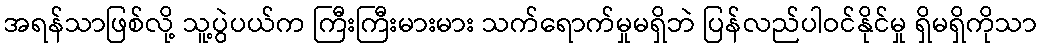
အရန်သာဖြစ်လို့ သူ့ပွဲပယ်က ကြီးကြီးမားမား သက်ရောက်မှုမရှိဘဲ ပြန်လည်ပါဝင်နိုင်မှု ရှိမရှိကိုသာ